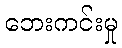
ဘေးကင်းမှု